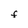
Character: F